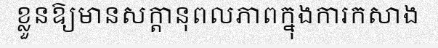
ខ្លួនឱ្យមានសក្តានុពលភាពក្នុងការកសាង